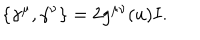
\{ \gamma ^ { \mu } , \gamma ^ { \nu } \} = 2 g ^ { \mu \nu } ( u ) I .